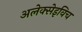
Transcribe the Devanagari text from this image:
अलेक्सेइविच